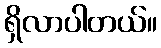
ရှိလာပါတယ်။